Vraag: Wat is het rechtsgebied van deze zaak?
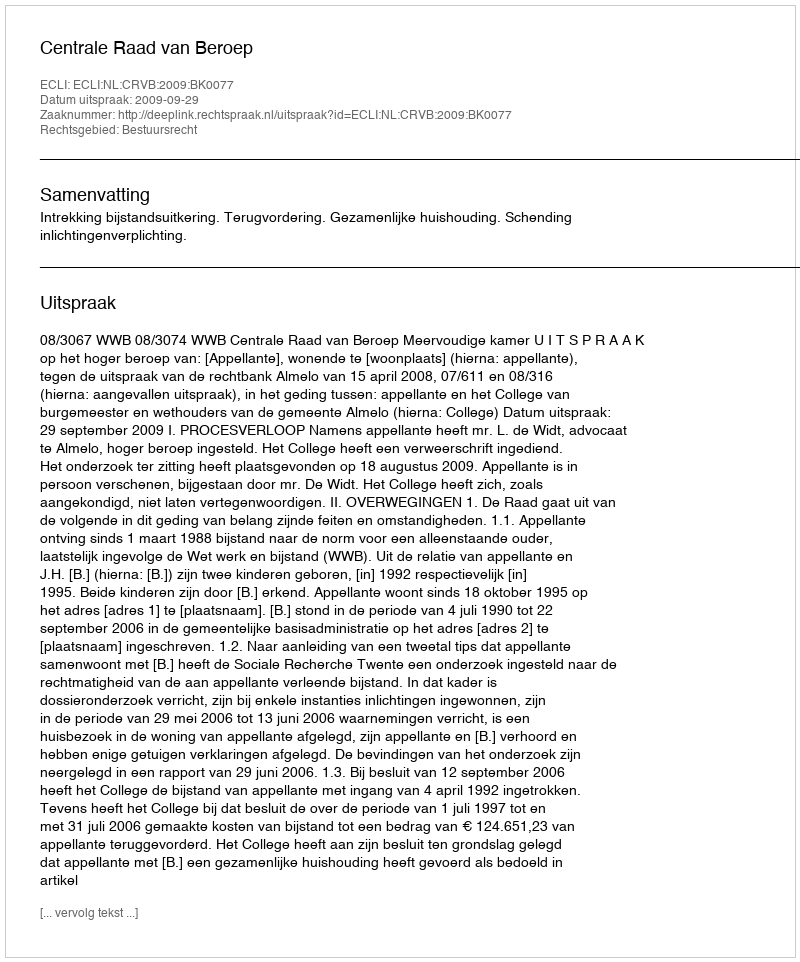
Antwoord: Bestuursrecht